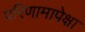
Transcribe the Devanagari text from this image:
परिणामापेक्षा